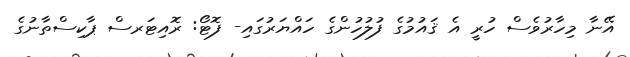
އޭނާ މިހާރުވެސް ހުރީ އެ ޤައުމުގެ ފުލުހުންގެ ހައްޔަރުގައި- ފޮޓޯ: ރޮއިޓަރސް ޕާކިސްތާނުގެ